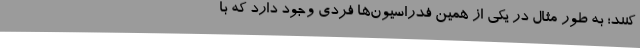
کنند؛ به طور مثال در یکی از همین فدراسیون‌ها فردی وجود دارد که با